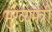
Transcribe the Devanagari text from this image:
मुख्यमत्री